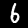
Label: 6